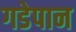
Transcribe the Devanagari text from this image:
गडेपान